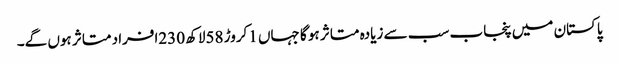
پاکستان میں پنجاب سب سے زیادہ متاثر ہو گا جہاں 1کروڑ 58لاکھ 230افراد متاثر ہوں گے۔